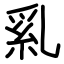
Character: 乿